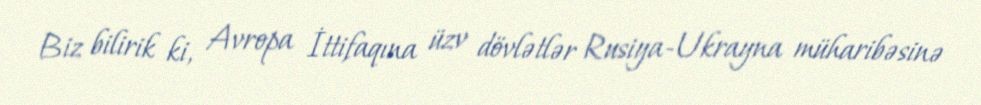
Biz bilirik ki, Avropa İttifaqına üzv dövlətlər Rusiya-Ukrayna müharibəsinə